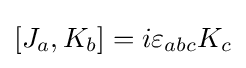
\left[J_{a},K_{b}\right]=i\varepsilon _{abc}K_{c}